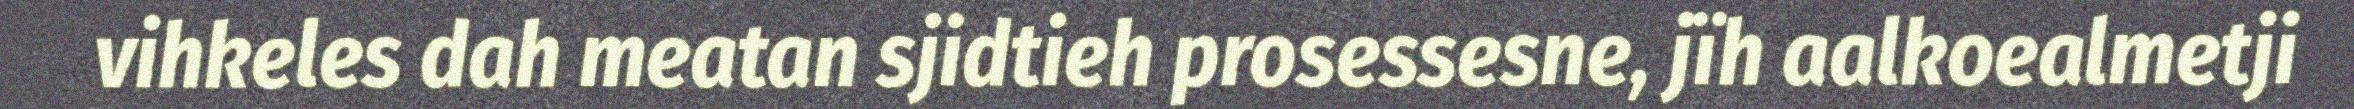
vihkeles dah meatan sjidtieh prosessesne, jïh aalkoealmetji